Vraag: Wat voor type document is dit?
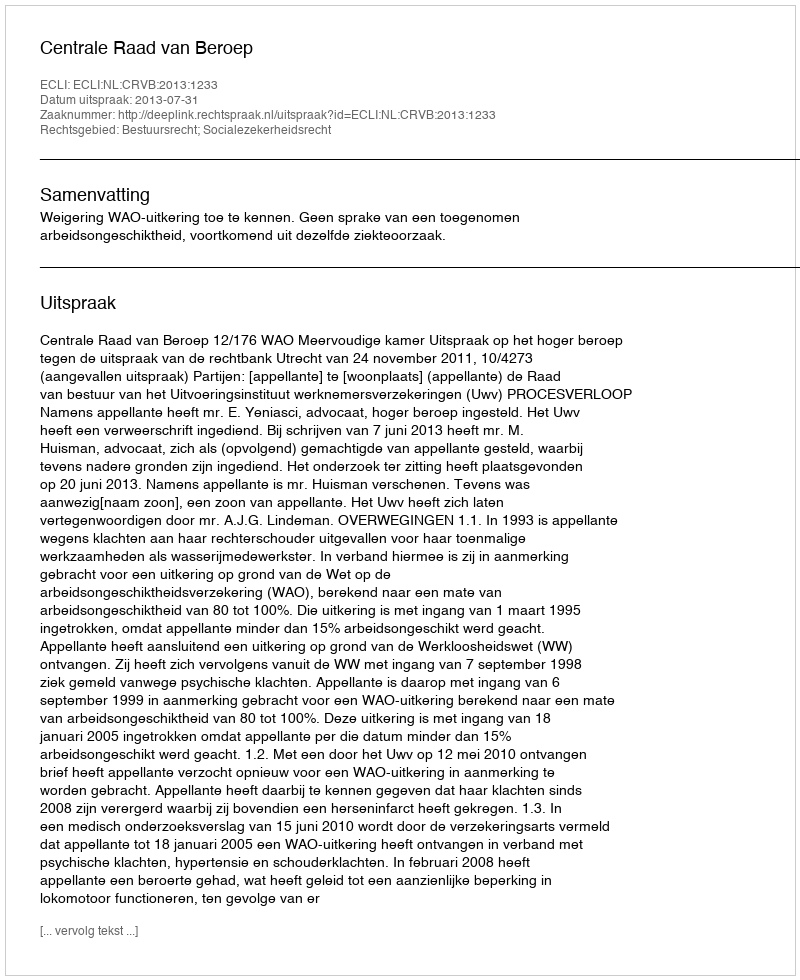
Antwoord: Uitspraak